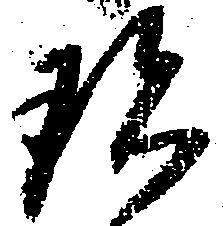
珍